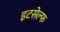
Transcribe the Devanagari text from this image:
इटसेल्फ